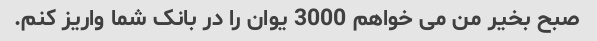
صبح بخیر من می خواهم 3000 یوان را در بانک شما واریز کنم.